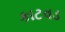
કાટવડ